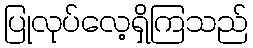
ပြုလုပ်လေ့ရှိကြသည်